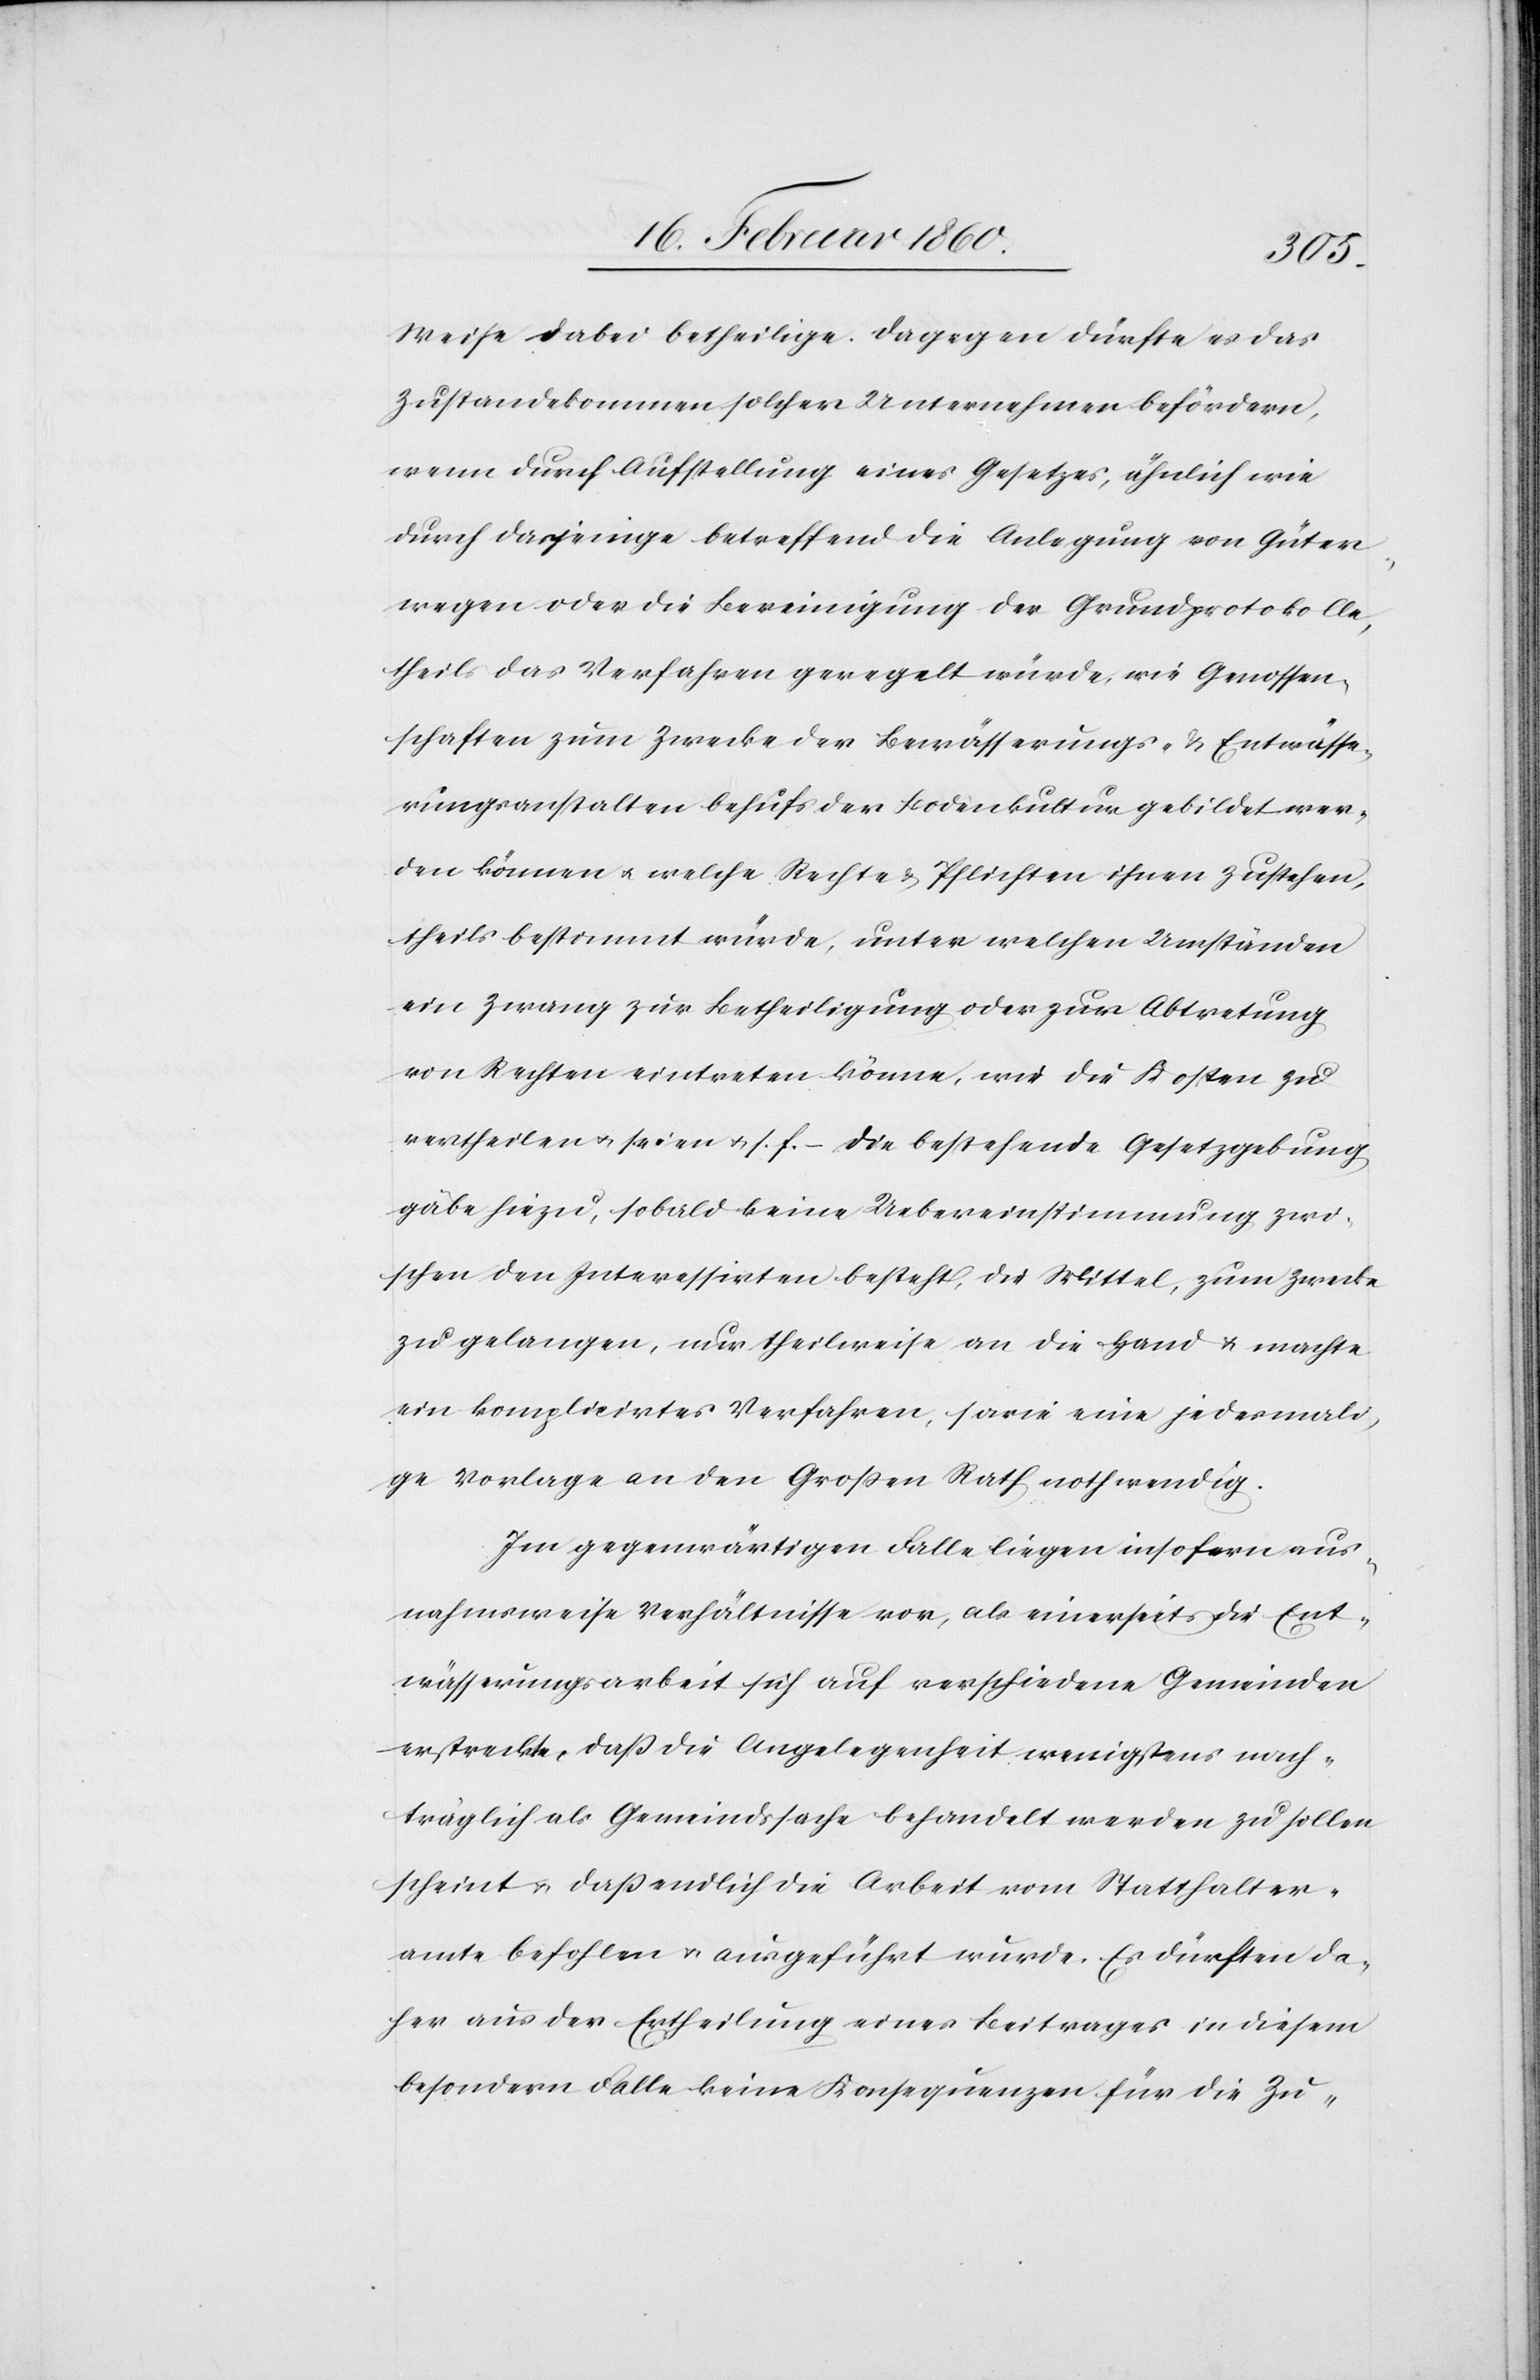
Weise dabei betheiligte. Dagegen dürfte es das
Zustandekommen solcher Unternehmer befördern,
wenn durch Aufstellung eines Gesetzes, ähnlich wie
durch dasjenige betreffend die Anlegung von Güter¬
wegen oder die Bereinigung der Grundprotokolle,
theils das Verfahren geregelt würde, wie Genossen¬
schaften zum Zwecke der Bewässerungs- u. Entwässe¬
rungsanstalten behufs der Bodenkulturen gebildet wer¬
den können u. welche Rechte u. Pflichten ihnen zustehen,
theils bestimmt würde, unter welchen Umständen
ein Zwang zur Betheiligung oder zur Abtretung
von Rechten eintreten könne, wie die Kosten zu
vertheilen u. seien u. s. f. Die bestehende Gesetzgebung
gäbe hiezu, sobald keine Uebereinstimmung zwi¬
schen den Interessirten besteht, die Mittel, zum Zwecke
zu gelangen, nur theilweise an die Hand u. machte
ein komplicirtes Verfahren, sowie eine jedesmali¬
ge Vorlage an den Grossen Rath nothwendig.
Im gegenwärtigen Falle liegen insofern aus¬
nahmsweise Verhältnisse vor, als einerseits die Ent¬
wässerungsarbeit sich auf verschiedene Gemeinden
erstreckte, dass die Angelegenheit wenigstens nach¬
träglich als Gemeindssache behandelt werden zu sollen
scheint u. dass endlich die Arbeit vom Statthalter¬
amte befohlen u. ausgeführt wurde. Es dürfen da¬
her aus der Ertheilung eines Beitrages in diesem
besondern Falle keine Konsequenzen für die Zu-